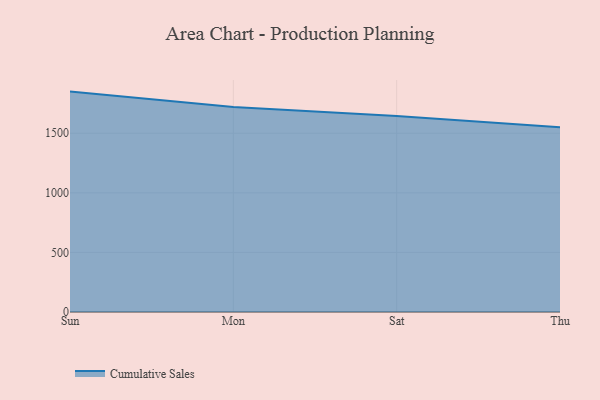
{"axis": {"x": "Day", "y": "Page Views"}, "legend": ["Cumulative Sales"], "data": [{"x": "Sun", "y": 1849.5, "type": "Cumulative Sales"}, {"x": "Mon", "y": 1719.4, "type": "Cumulative Sales"}, {"x": "Sat", "y": 1645.3, "type": "Cumulative Sales"}, {"x": "Thu", "y": 1550.2, "type": "Cumulative Sales"}]}